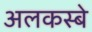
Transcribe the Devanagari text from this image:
अलकस्बे